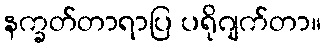
နက္ခတ်တာရာပြ ပရိုဂျက်တာ။